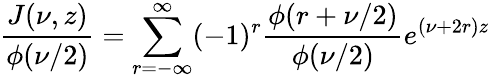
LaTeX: \frac{J(\nu,z)}{\phi(\nu/2)}=\sum_{r=-\infty}^{\infty}(-1)^{r}\frac{\phi(r+\nu/2)}{\phi(\nu/2)}e^{(\nu+2r)z}